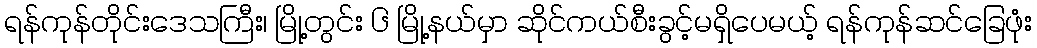
ရန်ကုန်တိုင်းဒေသကြီး၊ မြို့တွင်း ၆ မြို့နယ်မှာ ဆိုင်ကယ်စီးခွင့်မရှိပေမယ့် ရန်ကုန်ဆင်ခြေဖုံး